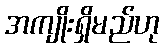
အကျိုးရှိမည်ဟု